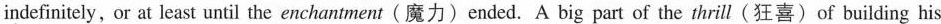
indefinitely, or at least until the enchantment (魔力)ended. A big part of the thrill (狂喜) of building his